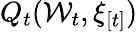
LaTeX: Q_{t}(\mathcal{W}_{t},\xi_{[t]})